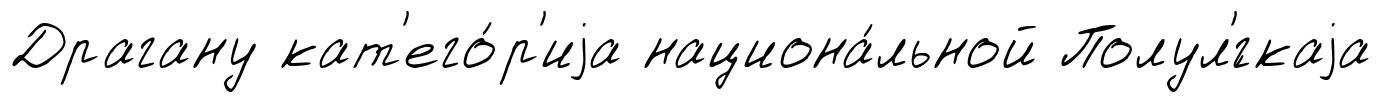
Драгану кат'его́р'иjа национа́льной Полул'́гкаjа